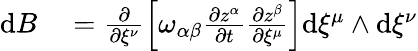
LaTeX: \begin{array}{rl}{\mathrm{d}B}&{{}=\frac{\partial}{\partial\xi^{\nu}}\left[\omega_{\alpha\beta}\frac{\partial z^{\alpha}}{\partial t}\frac{\partial z^{\beta}}{\partial\xi^{\mu}}\right]\mathrm{d}\xi^{\mu}\wedge\mathrm{d}\xi^{\nu}}\end{array}